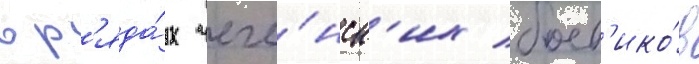
в р'яда́х чече́нск'их боев'ико́в